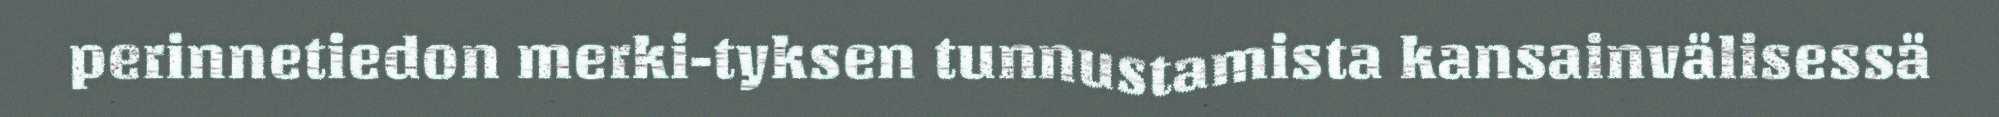
perinnetiedon merki-tyksen tunnustamista kansainvälisessä